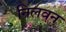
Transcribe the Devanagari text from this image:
निलवन